Problem: 2 × 2 = ?
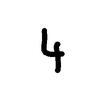
Handwritten answer: 4